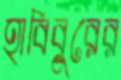
হাবিবুরের